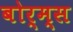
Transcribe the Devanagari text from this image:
बोर्म्स